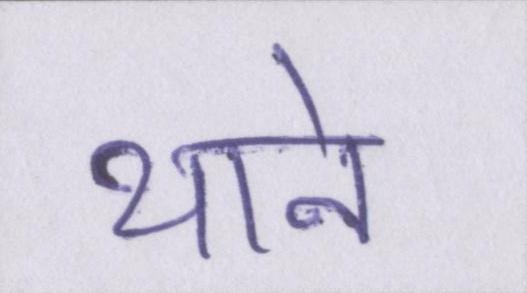
थाने